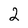
Character: 2